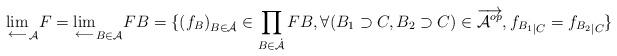
LaTeX: \begin{align*}{\lim_{\longleftarrow}}_{\mathcal{A}} F= {\lim_{\longleftarrow}}_{B\in\mathcal{A}} FB=\{(f_B)_{B\in\dot{\mathcal{A}}}\in\prod_{B\in\dot{\mathcal{A}}}FB,\forall (B_1\supset C, B_2\supset C)\in \overrightarrow{\mathcal{A}^{op}}, {f_{B_1}}_{\vert C}={f_{B_2}}_{\vert C}\}\end{align*}